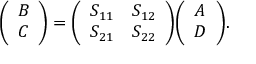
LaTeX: { \left( \begin{array} { l } { B } \\ { C } \end{array} \right) } = { \left( \begin{array} { l l } { S _ { 1 1 } } & { S _ { 1 2 } } \\ { S _ { 2 1 } } & { S _ { 2 2 } } \end{array} \right) } { \left( \begin{array} { l } { A } \\ { D } \end{array} \right) } .